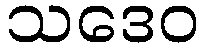
သဒေဝ